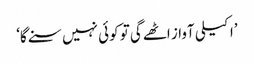
’اکیلی آواز اٹھےگی تو کوئی نہیں سنے گا‘